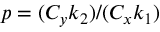
p = ( C _ { y } k _ { 2 } ) / ( C _ { x } k _ { 1 } )